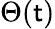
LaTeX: \Theta(\mathsf{t})